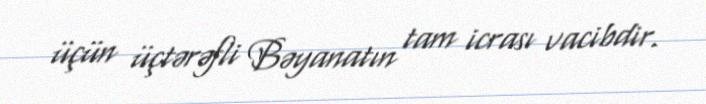
üçün üçtərəfli Bəyanatın tam icrası vacibdir.